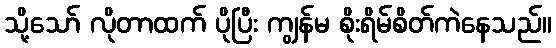
သို့သော် လိုတာထက် ပိုပြီး ကျွန်မ စိုးရိမ်စိတ်ကဲနေသည်။